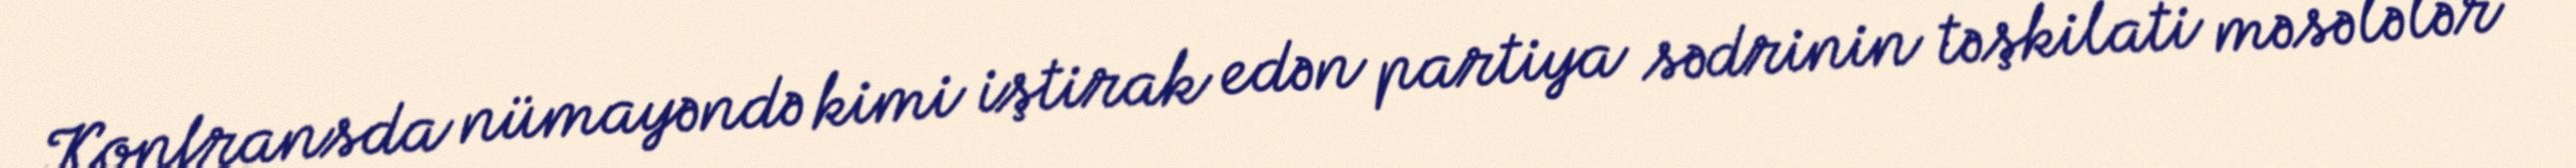
Konfransda nümayəndə kimi iştirak edən partiya sədrinin təşkilati məsələlər